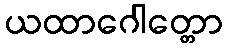
ယထာဂေါတ္တော